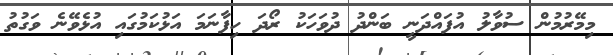
މިމޭރުމުން ސުވާލު އުފައްދަނީ ބަންދު ދުވަހަކު ރޯދަ ހިފާނަމަ އަޅުކަމުގައި އުޅެވޭނެ ވަގުތު